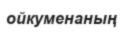
ойкуменаның